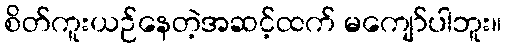
စိတ်ကူးယဉ်နေတဲ့အဆင့်ထက် မကျော်ပါဘူး။